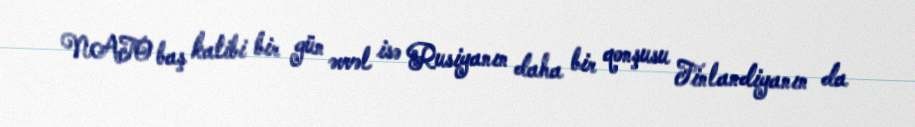
NATO baş katibi bir gün əvvəl isə Rusiyanın daha bir qonşusu Finlandiyanın da